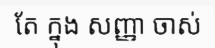
តែ ក្នុង សញ្ញា ចាស់